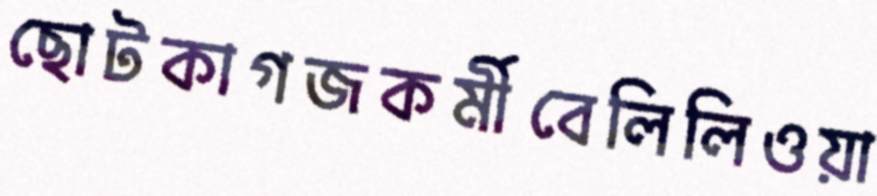
ছোটকাগজকর্মীবেলিলিওয়া